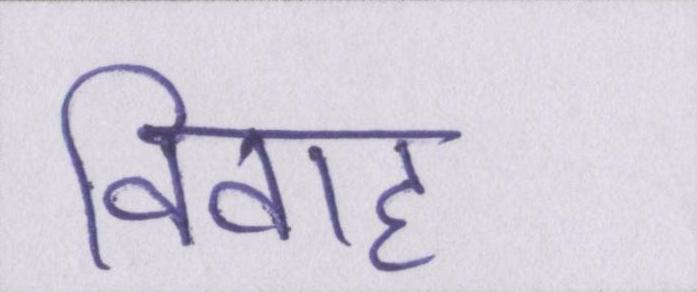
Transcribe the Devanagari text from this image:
विवाह